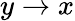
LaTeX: y\rightarrow x